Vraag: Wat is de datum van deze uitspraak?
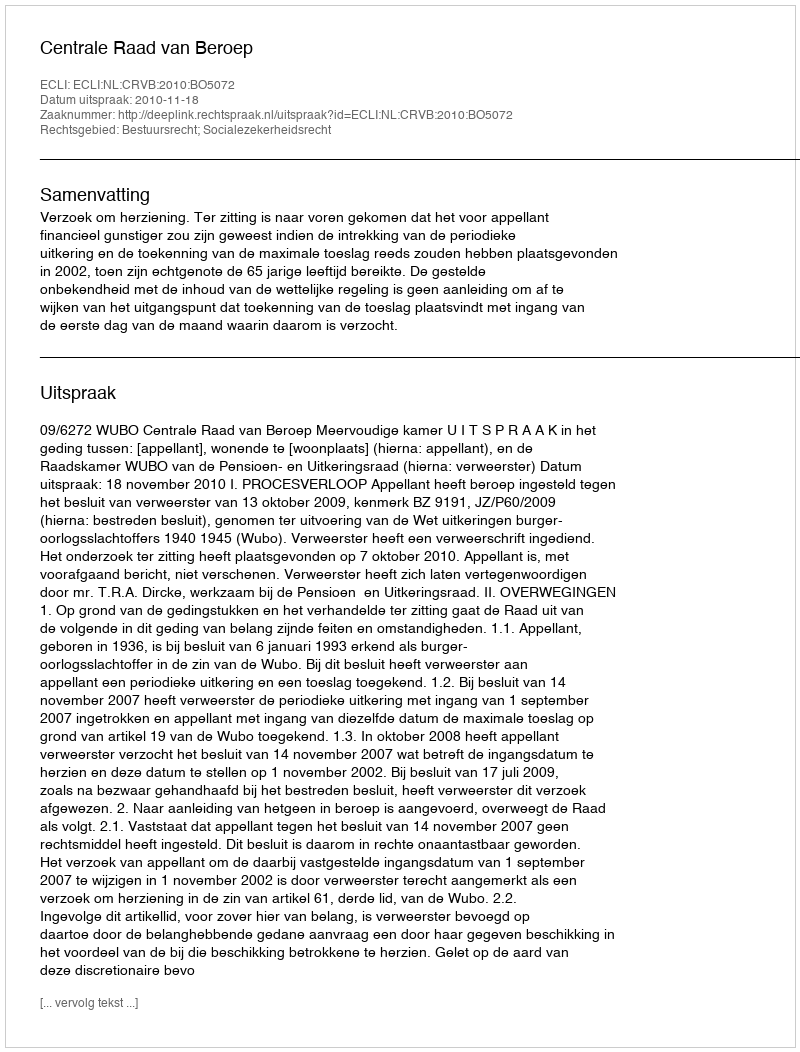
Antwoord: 2010-11-18